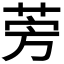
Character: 𫟐